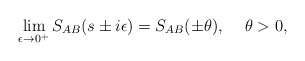
\begin{align*}\lim_{\epsilon \rightarrow 0^+} S_{AB}(s \pm i\epsilon)=S_{AB}(\pm \theta), \,\,\,\,\,\,\,\theta>0,\end{align*}